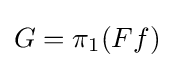
G=\pi _{1}(Ff)